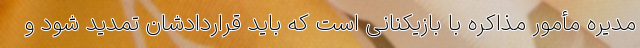
مدیره مأمور مذاکره با بازیکنانی است که باید قراردادشان تمدید شود و